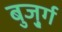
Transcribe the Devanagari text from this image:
बुजु्र्ग